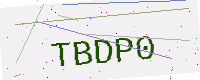
Text: TBDP0